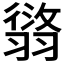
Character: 𦑸